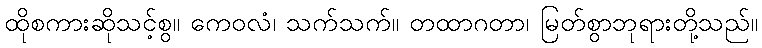
ထိုစကားဆိုသင့်စွ။ ကေဝလံ၊ သက်သက်။ တထာဂတာ၊ မြတ်စွာဘုရားတို့သည်။